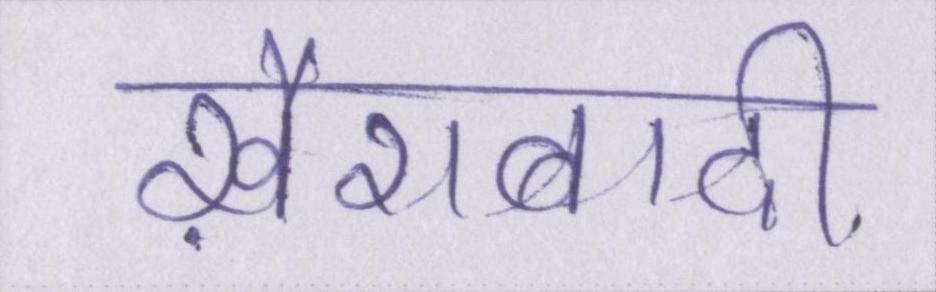
ख़ैराबादी